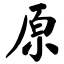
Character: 原